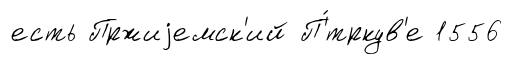
есть Пржиjемск'ий П'́тркув'е 1556